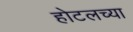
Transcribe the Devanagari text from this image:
होटलच्या